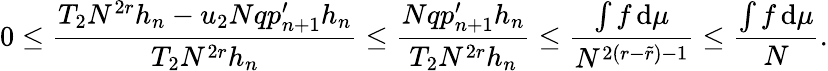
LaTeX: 0\leq\frac{T_{2}N^{2r}h_{n}-u_{2}Nqp_{n+1}^{\prime}h_{n}}{T_{2}N^{2r}h_{n}}\leq\frac{Nqp_{n+1}^{\prime}h_{n}}{T_{2}N^{2r}h_{n}}\leq\frac{\int f\, \mathrm{d}\mu}{N^{2(r-\tilde{r})-1}}\leq\frac{\int f\, \mathrm{d}\mu}{N}.